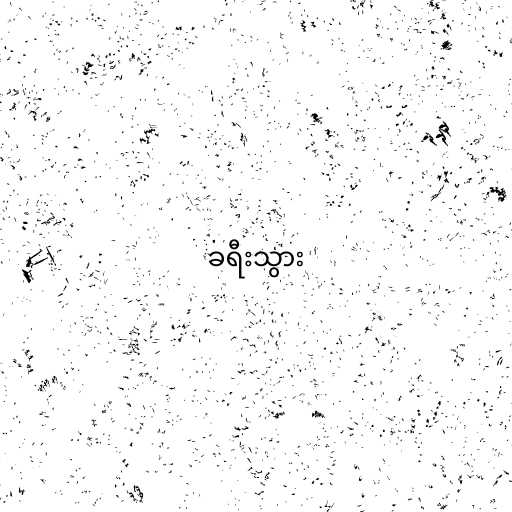
ခရီးသွား